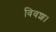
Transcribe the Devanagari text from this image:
विवश।